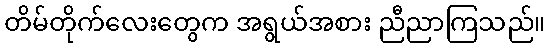
တိမ်တိုက်လေးတွေက အရွယ်အစား ညီညာကြသည်။